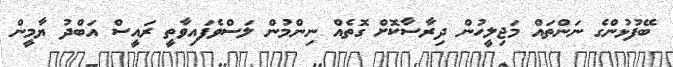
ބޭފުޅުންގެ ނަންތައް މަޖިލީހުން ދިރާސާކޮށް ގޮތެއް ނިންމުން ލަސްވެފައިވާތީ ރައީސް އަބްދު ޔާމީން